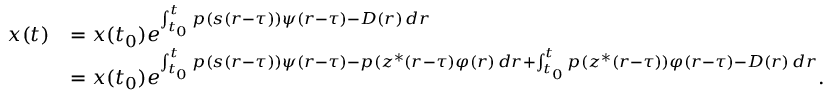
\begin{array} { r l } { x ( t ) } & { = x ( t _ { 0 } ) e ^ { \int _ { t _ { 0 } } ^ { t } p ( s ( r - \tau ) ) \psi ( r - \tau ) - D ( r ) \, d r } } \\ & { = x ( t _ { 0 } ) e ^ { \int _ { t _ { 0 } } ^ { t } p ( s ( r - \tau ) ) \psi ( r - \tau ) - p ( z ^ { * } ( r - \tau ) \varphi ( r ) \, d r + \int _ { t _ { 0 } } ^ { t } p ( z ^ { * } ( r - \tau ) ) \varphi ( r - \tau ) - D ( r ) \, d r } . } \end{array}